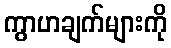
ကွာဟချက်များကို